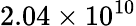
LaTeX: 2.04\times 10^{10}